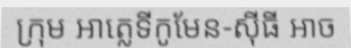
ក្រុម អាត្លេទីកូមែន-ស៊ីធី អាច